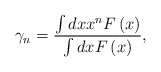
\begin{align*}\gamma _{n}=\frac{\int dxx^{n}F\left( x\right) }{\int dxF\left( x\right) },\end{align*}